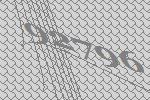
92796